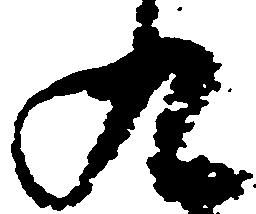
九